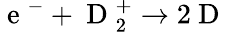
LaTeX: \mathrm{~e~}^{-}+\mathrm{~D~}_{2}^{+}\rightarrow 2\mathrm{~D~}